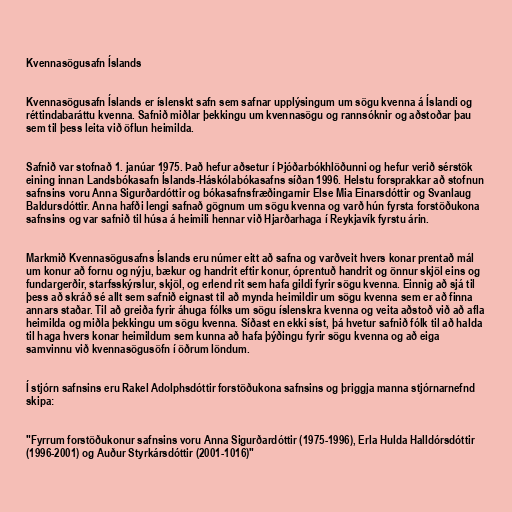
Kvennasögusafn Íslands

Kvennasögusafn Íslands er íslenskt safn sem safnar upplýsingum um sögu kvenna á Íslandi og
réttindabaráttu kvenna. Safnið miðlar þekkingu um kvennasögu og rannsóknir og aðstoðar þau
sem til þess leita við öflun heimilda.

Safnið var stofnað 1. janúar 1975. Það hefur aðsetur í Þjóðarbókhlöðunni og hefur verið sérstök
eining innan Landsbókasafn Íslands-Háskólabókasafns síðan 1996. Helstu forsprakkar að stofnun
safnsins voru Anna Sigurðardóttir og bókasafnsfræðingarnir Else Mia Einarsdóttir og Svanlaug
Baldursdóttir. Anna hafði lengi safnað gögnum um sögu kvenna og varð hún fyrsta forstöðukona
safnsins og var safnið til húsa á heimili hennar við Hjarðarhaga í Reykjavík fyrstu árin.

Markmið Kvennasögusafns Íslands eru númer eitt að safna og varðveit hvers konar prentað mál
um konur að fornu og nýju, bækur og handrit eftir konur, óprentuð handrit og önnur skjöl eins og
fundargerðir, starfsskýrslur, skjöl, og erlend rit sem hafa gildi fyrir sögu kvenna. Einnig að sjá til
þess að skráð sé allt sem safnið eignast til að mynda heimildir um sögu kvenna sem er að finna
annars staðar. Til að greiða fyrir áhuga fólks um sögu íslenskra kvenna og veita aðstoð við að afla
heimilda og miðla þekkingu um sögu kvenna. Síðast en ekki síst, þá hvetur safnið fólk til að halda
til haga hvers konar heimildum sem kunna að hafa þýðingu fyrir sögu kvenna og að eiga
samvinnu við kvennasögusöfn í öðrum löndum.

Í stjórn safnsins eru Rakel Adolphsdóttir forstöðukona safnsins og þriggja manna stjórnarnefnd
skipa:

"Fyrrum forstöðukonur safnsins voru Anna Sigurðardóttir (1975-1996), Erla Hulda Halldórsdóttir
(1996-2001) og Auður Styrkársdóttir (2001-1016)"